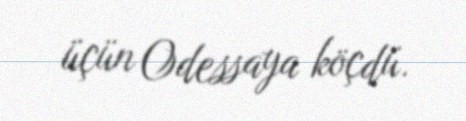
üçün Odessaya köçdü.